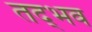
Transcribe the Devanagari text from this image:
तद्‍भव